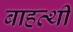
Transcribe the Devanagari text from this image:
बाहत्थी